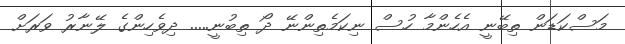
މަސްކަޑަން ތިބޭނީ އެހެންމާ ހުސް ނިކަމެތިންނޭ ދޯ ތިބުނީ..... ދިވެހިންގެ ލޭނާރު ވަރަށް